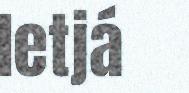
Ietjá